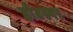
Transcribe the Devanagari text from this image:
हौटस्पर